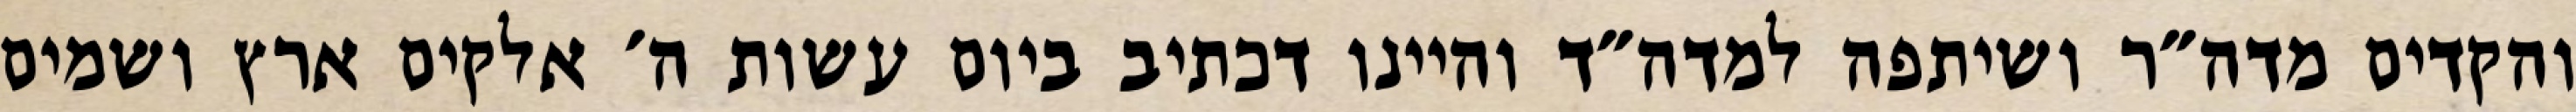
והקדים מדה״ר ושיתפה למדה״ד והיינו דכתיב ביום עשות ה׳ אלקים ארץ ושמים